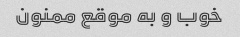
خوب و به موقع ممنون